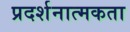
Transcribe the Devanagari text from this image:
प्रदर्शनात्मकता